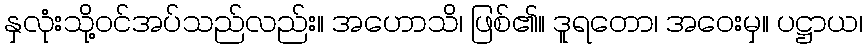
နှလုံးသို့ဝင်အပ်သည်လည်း။ အဟောသိ၊ ဖြစ်၏။ ဒူရတော၊ အဝေးမှ။ ပဋ္ဌာယ၊